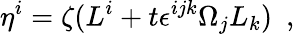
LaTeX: \eta^{i}=\zeta(L^{i}+t\epsilon^{ijk}\Omega_{j}L_{k})\ \ ,